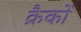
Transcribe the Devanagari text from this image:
क्रैकों